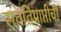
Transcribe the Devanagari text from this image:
संततिप्राप्तीची